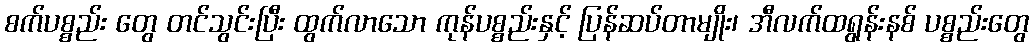
စက်ပစ္စည်း တွေ တင်သွင်းပြီး ထွက်လာသော ကုန်ပစ္စည်းနှင့် ပြန်ဆပ်တာမျိုး၊ အီလက်ထရွန်းနစ် ပစ္စည်းတွေ